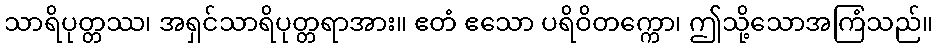
သာရိပုတ္တဿ၊ အရှင်သာရိပုတ္တရာအား။ ဧတံ ဧသော ပရိဝိတက္ကော၊ ဤသို့သောအကြံသည်။